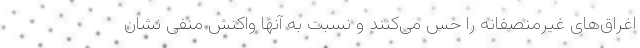
اغراق‌های غیرمنصفانه را حس می‌کنند و نسبت به آنها واکنش منفی نشان